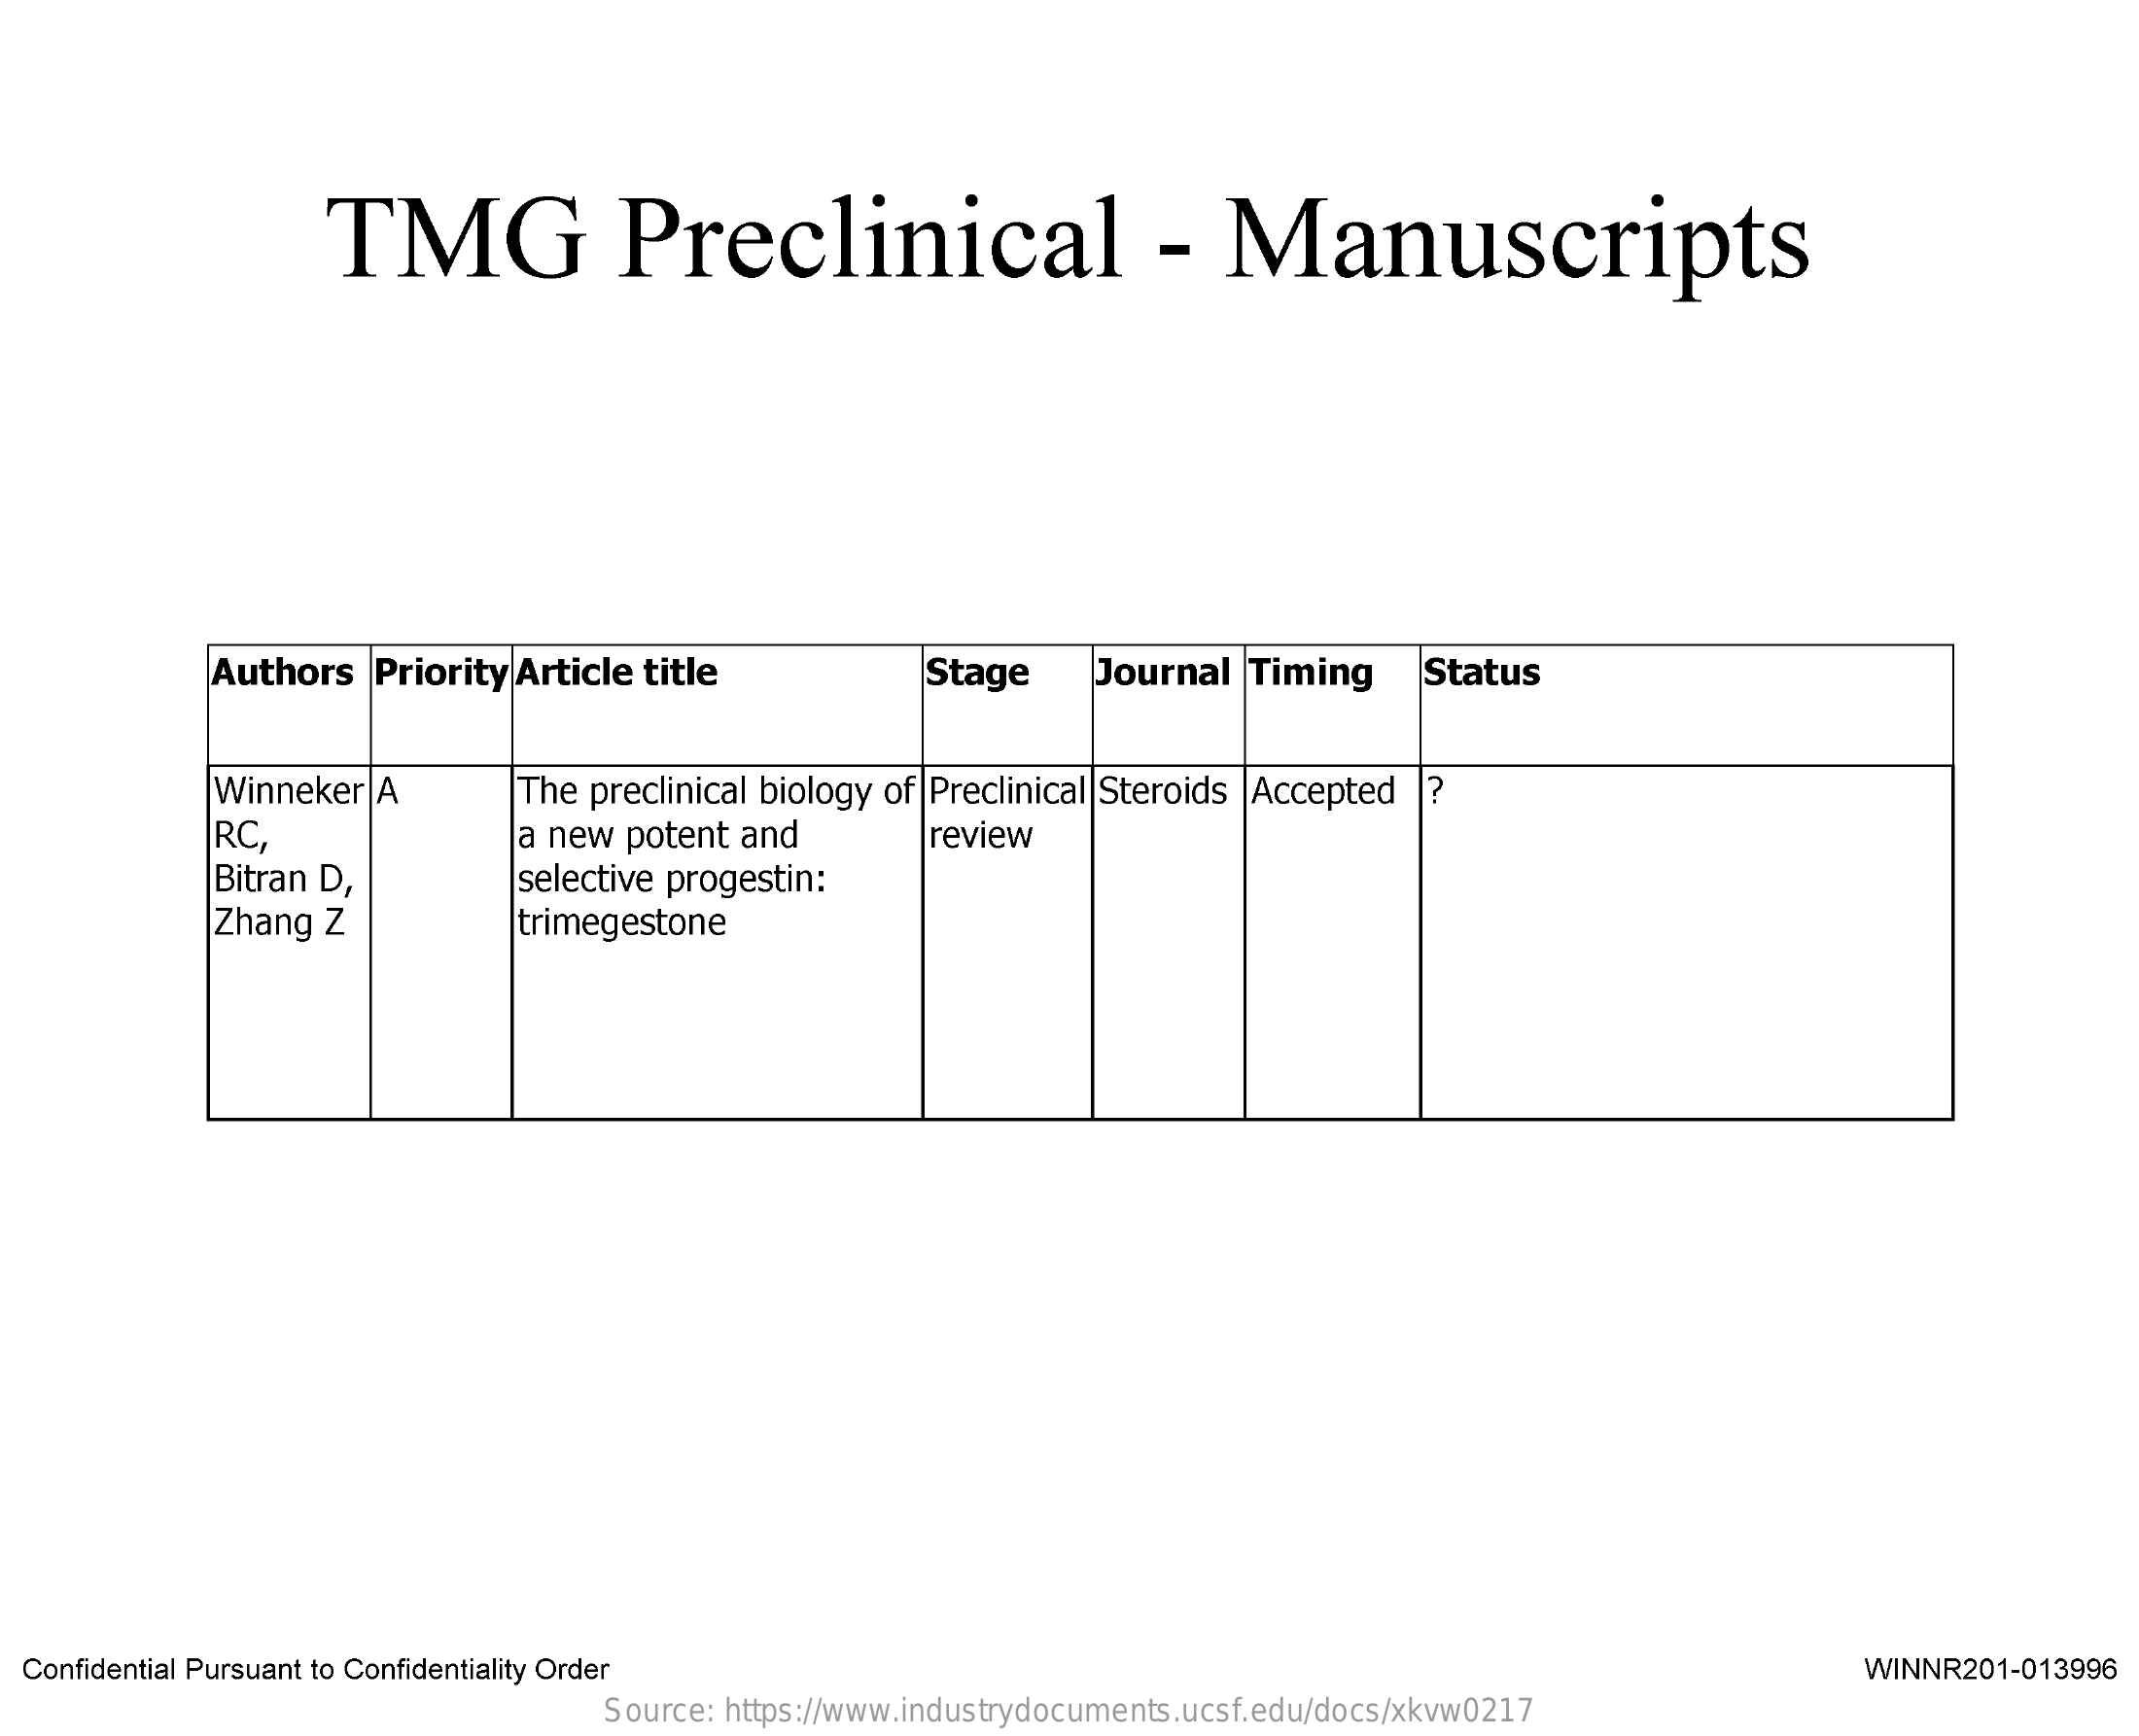
TMG    Preclinical    -  Manuscripts
     Authors Priority Article title    Stage   Journal Timing  Status
     Winneker A    The preclinical biology of Preclinical Steroids Accepted ?
     RC,    a new potent and   review
     Bitran D,
     Zhang Z
     selective progestin:
     trimegestone
  Confidential Pursuant to Confidentiality Order    WINNR201-013996
     Source: https://www.industrydocuments.ucsf.edu/docs/xkvw0217